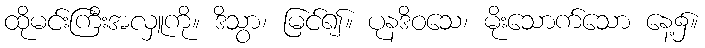
ထိုမင်းကြီးအလှူကို။ ဒိသွာ၊ မြင်၍။ ပုနဒိဝသေ၊ မိုးသောက်သော နေ့၌။